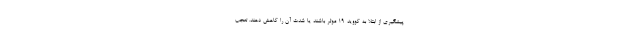
پیشگیری از ابتلا به کووید-۱۹ موثر باشند یا شدت آن را کاهش دهند. تعجب